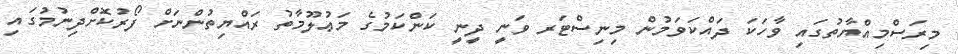
މިރަސްމިއްޔާތުގައި ވާހަކަ ދައްކަވަމުން މިނިސްޓަރ ވަނީ ދީނީ ކަންކަމުގެ މަޢުލޫމާތު ރައްޔިތުންނަށް ފޯރުކޮށްދިނުމުގައި